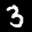
Label: 3